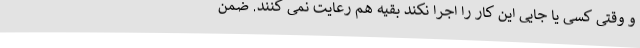
و وقتی کسی یا جایی این کار را اجرا نکند بقیه هم رعایت نمی کنند. ضمن